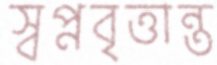
স্বপ্নবৃত্তান্ত